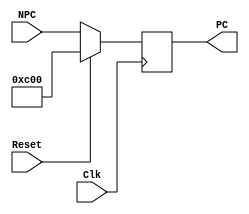

module pc(PC,NPC,Clk,Reset);

input [31:2]NPC;
input Clk;
input Reset;
output reg [31:2]PC;

always @(negedge Clk)
begin
    if(Reset==1)
        PC <= 30'b00_0000_0000_0000_0000_1100_0000_0000;
    else
        PC <= NPC;
end

endmodule